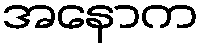
အနောက